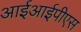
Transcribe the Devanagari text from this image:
आईआईपीएस